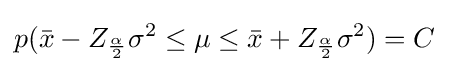
p({\bar {x}}-Z_{\frac {\alpha }{2}}\sigma ^{2}\leq \mu \leq {\bar {x}}+Z_{\frac {\alpha }{2}}\sigma ^{2})=C